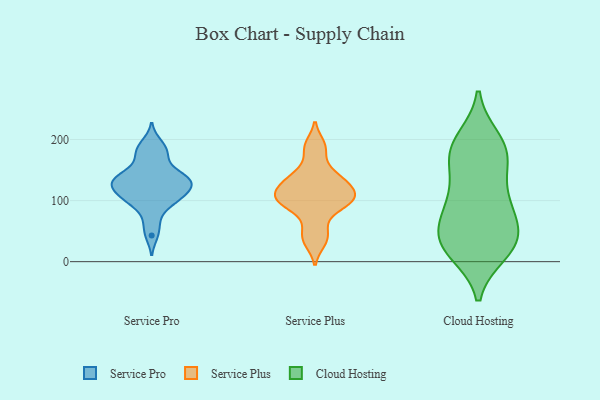
{"axis": {"x": "Net Income (USD K)", "y": "Value"}, "legend": ["Cloud Hosting", "Service Plus", "Service Pro"], "data": [{"x": "", "y": 184, "type": "Service Pro"}, {"x": "", "y": 131, "type": "Service Pro"}, {"x": "", "y": 175, "type": "Service Pro"}, {"x": "", "y": 141, "type": "Service Pro"}, {"x": "", "y": 108, "type": "Service Pro"}, {"x": "", "y": 65, "type": "Service Pro"}, {"x": "", "y": 114, "type": "Service Pro"}, {"x": "", "y": 144, "type": "Service Pro"}, {"x": "", "y": 165, "type": "Service Pro"}, {"x": "", "y": 106, "type": "Service Pro"}, {"x": "", "y": 96, "type": "Service Pro"}, {"x": "", "y": 136, "type": "Service Pro"}, {"x": "", "y": 91, "type": "Service Pro"}, {"x": "", "y": 43, "type": "Service Pro"}, {"x": "", "y": 122, "type": "Service Pro"}, {"x": "", "y": 195, "type": "Service Pro"}, {"x": "", "y": 135, "type": "Service Pro"}, {"x": "", "y": 132, "type": "Service Pro"}, {"x": "", "y": 118, "type": "Service Pro"}, {"x": "", "y": 92, "type": "Service Plus"}, {"x": "", "y": 104, "type": "Service Plus"}, {"x": "", "y": 118, "type": "Service Plus"}, {"x": "", "y": 191, "type": "Service Plus"}, {"x": "", "y": 125, "type": "Service Plus"}, {"x": "", "y": 131, "type": "Service Plus"}, {"x": "", "y": 58, "type": "Service Plus"}, {"x": "", "y": 107, "type": "Service Plus"}, {"x": "", "y": 91, "type": "Service Plus"}, {"x": "", "y": 97, "type": "Service Plus"}, {"x": "", "y": 141, "type": "Service Plus"}, {"x": "", "y": 122, "type": "Service Plus"}, {"x": "", "y": 151, "type": "Service Plus"}, {"x": "", "y": 32, "type": "Service Plus"}, {"x": "", "y": 39, "type": "Service Plus"}, {"x": "", "y": 185, "type": "Service Plus"}, {"x": "", "y": 101, "type": "Service Plus"}, {"x": "", "y": 31, "type": "Cloud Hosting"}, {"x": "", "y": 200, "type": "Cloud Hosting"}, {"x": "", "y": 93, "type": "Cloud Hosting"}, {"x": "", "y": 173, "type": "Cloud Hosting"}, {"x": "", "y": 28, "type": "Cloud Hosting"}, {"x": "", "y": 15, "type": "Cloud Hosting"}, {"x": "", "y": 20, "type": "Cloud Hosting"}, {"x": "", "y": 24, "type": "Cloud Hosting"}, {"x": "", "y": 198, "type": "Cloud Hosting"}, {"x": "", "y": 168, "type": "Cloud Hosting"}, {"x": "", "y": 48, "type": "Cloud Hosting"}, {"x": "", "y": 61, "type": "Cloud Hosting"}, {"x": "", "y": 77, "type": "Cloud Hosting"}, {"x": "", "y": 177, "type": "Cloud Hosting"}, {"x": "", "y": 40, "type": "Cloud Hosting"}, {"x": "", "y": 132, "type": "Cloud Hosting"}, {"x": "", "y": 98, "type": "Cloud Hosting"}, {"x": "", "y": 102, "type": "Cloud Hosting"}, {"x": "", "y": 177, "type": "Cloud Hosting"}]}